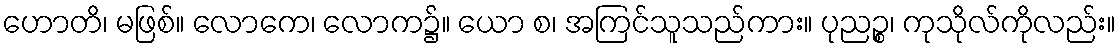
ဟောတိ၊ မဖြစ်။ လောကေ၊ လောက၌။ ယော စ၊ အကြင်သူသည်ကား။ ပုညဉ္စ၊ ကုသိုလ်ကိုလည်း။